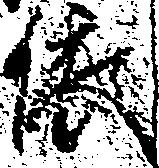
依